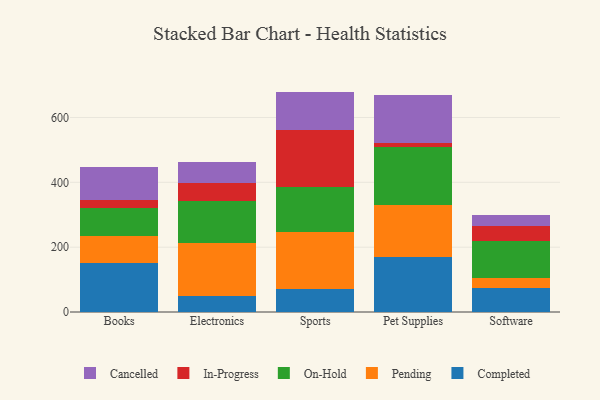
{"axis": {"x": "Category", "y": "Energy Usage (MWh)"}, "legend": ["Cancelled", "Completed", "In-Progress", "On-Hold", "Pending"], "data": [{"x": "Books", "y": 150.2, "type": "Completed"}, {"x": "Books", "y": 83.6, "type": "Pending"}, {"x": "Books", "y": 88.5, "type": "On-Hold"}, {"x": "Books", "y": 24.3, "type": "In-Progress"}, {"x": "Books", "y": 99.7, "type": "Cancelled"}, {"x": "Electronics", "y": 48.0, "type": "Completed"}, {"x": "Electronics", "y": 163.7, "type": "Pending"}, {"x": "Electronics", "y": 130.4, "type": "On-Hold"}, {"x": "Electronics", "y": 54.5, "type": "In-Progress"}, {"x": "Electronics", "y": 65.5, "type": "Cancelled"}, {"x": "Sports", "y": 70.9, "type": "Completed"}, {"x": "Sports", "y": 174.8, "type": "Pending"}, {"x": "Sports", "y": 139.3, "type": "On-Hold"}, {"x": "Sports", "y": 175.4, "type": "In-Progress"}, {"x": "Sports", "y": 119.4, "type": "Cancelled"}, {"x": "Pet Supplies", "y": 170.6, "type": "Completed"}, {"x": "Pet Supplies", "y": 160.4, "type": "Pending"}, {"x": "Pet Supplies", "y": 179.3, "type": "On-Hold"}, {"x": "Pet Supplies", "y": 11.3, "type": "In-Progress"}, {"x": "Pet Supplies", "y": 146.8, "type": "Cancelled"}, {"x": "Software", "y": 75.5, "type": "Completed"}, {"x": "Software", "y": 28.4, "type": "Pending"}, {"x": "Software", "y": 113.9, "type": "On-Hold"}, {"x": "Software", "y": 47.4, "type": "In-Progress"}, {"x": "Software", "y": 32.6, "type": "Cancelled"}]}